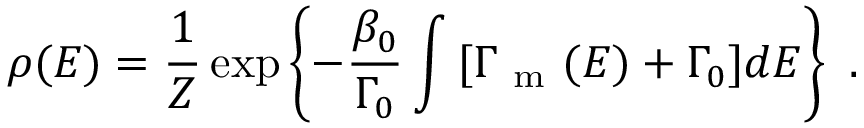
\rho ( E ) = \frac { 1 } { Z } \exp \left\{ - \frac { \beta _ { 0 } } { \Gamma _ { 0 } } \int { [ \Gamma _ { \mathrm { ~ m ~ } } ( E ) + \Gamma _ { 0 } ] } d E \right\} \mathrm { ~ . ~ }